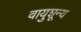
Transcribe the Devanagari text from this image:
वायुशून्य